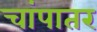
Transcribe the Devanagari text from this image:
चांपातर